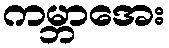
ကမ္ဘာအေး